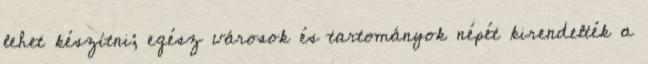
lehet készítni; egész városok és tartományok népét kirendelték a